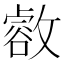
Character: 𢿶